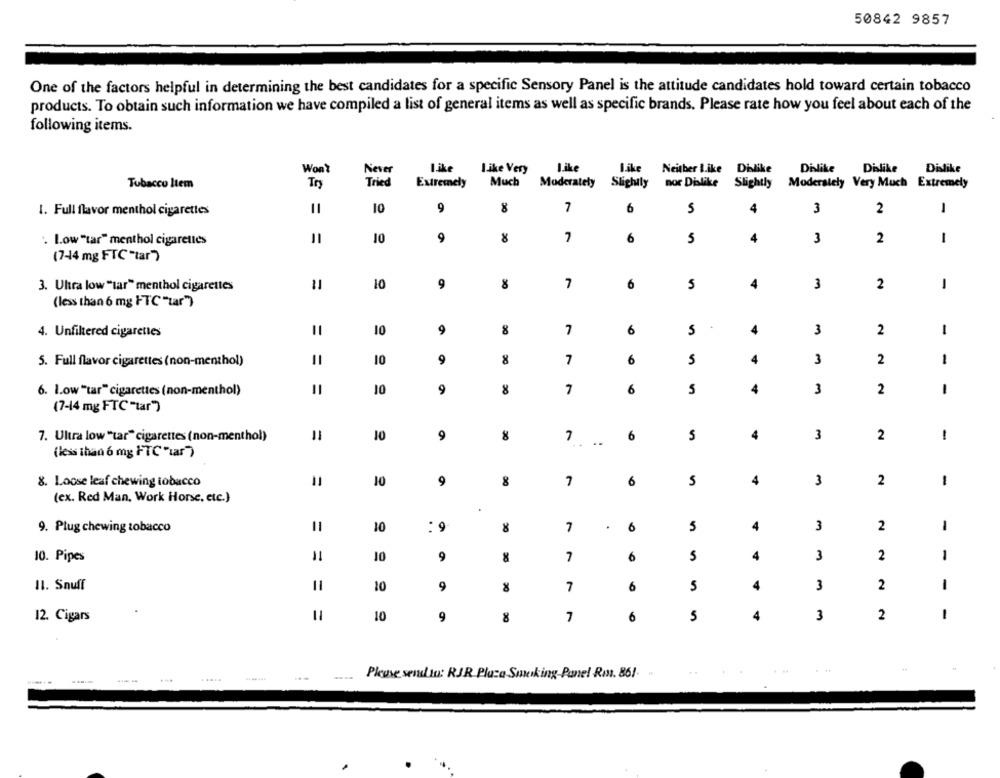
50842 9857
One of the factors helpful in determining the best candidates for a specific Sensory Panel is the attitude candidates hold toward certain tobacco
products. To obtain such information we have compiled a list of general items as well as specific brands. Please rate how you feel about each of the
following items.
Won't
Never
I.ike
Like Very
Like
Like Neither Like Dislike
Dislike
Dislike
Dislike
Tobacco Item
Try
Tried
Extremely
Much
Moderately
Slightly
nor Dislike Slightly
Moderately Very Much Extremely
=
10
9
30
7
6
5
4
3
2
-
1. Full flavor menthol cigarettes
. Low"tar" menthol cigarettes
10
9
8
7
6
5
4
3
2
-
(7-44 mg FTC "tar"
3. Uhra low "tar" menthol cigarettes
10
9
8
7
6
5
4
3
2
1
(less than 6 mg FTC "tar")
4. Unfiltered cigarettes
=
10
9
8
7
6
S
4
3
2
1
6
5. Full flavor cigarettes (non-menthol)
10
9
8
7
5
4
3
2
1
10
8
6
5
4
3
2
6. low "tar" cigarettes (non-menthol)
9
7
1
(7-14 mg FTC "tar")
10
9
8
7
6
4
3
2
-
7. Ultra low "tar" cigarettes (non-menthol)
(less than 6 my HTC "lar")
8. Loose leaf chewing tobacco
10
9
8
7
6
S
4
3
2
-
(ex. Red Man, Work Horse, etc.)
.
9. Plug chewing tobacco
=
10
: 9
8
7
.
6
5
4
3
2
1
10. Pipes
=
10
9
7
6
5
4
3
2
1
II. Snuff
=
10
9
30
7
6
5
4
3
2
1
1
12. Cigars
=
10
9
8
7
6
5
4
3
2
.....
Please send to: RJR Plaza Smoking-Panel Rmn. 861.